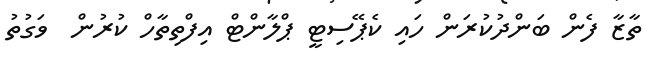
ތާޒާ ފެން ބަންދުކުރަން ހައި ކެޕޭސިޓީ ޕްލާންޓް އިފްތިތާހް ކުރުން  ވަގުތު